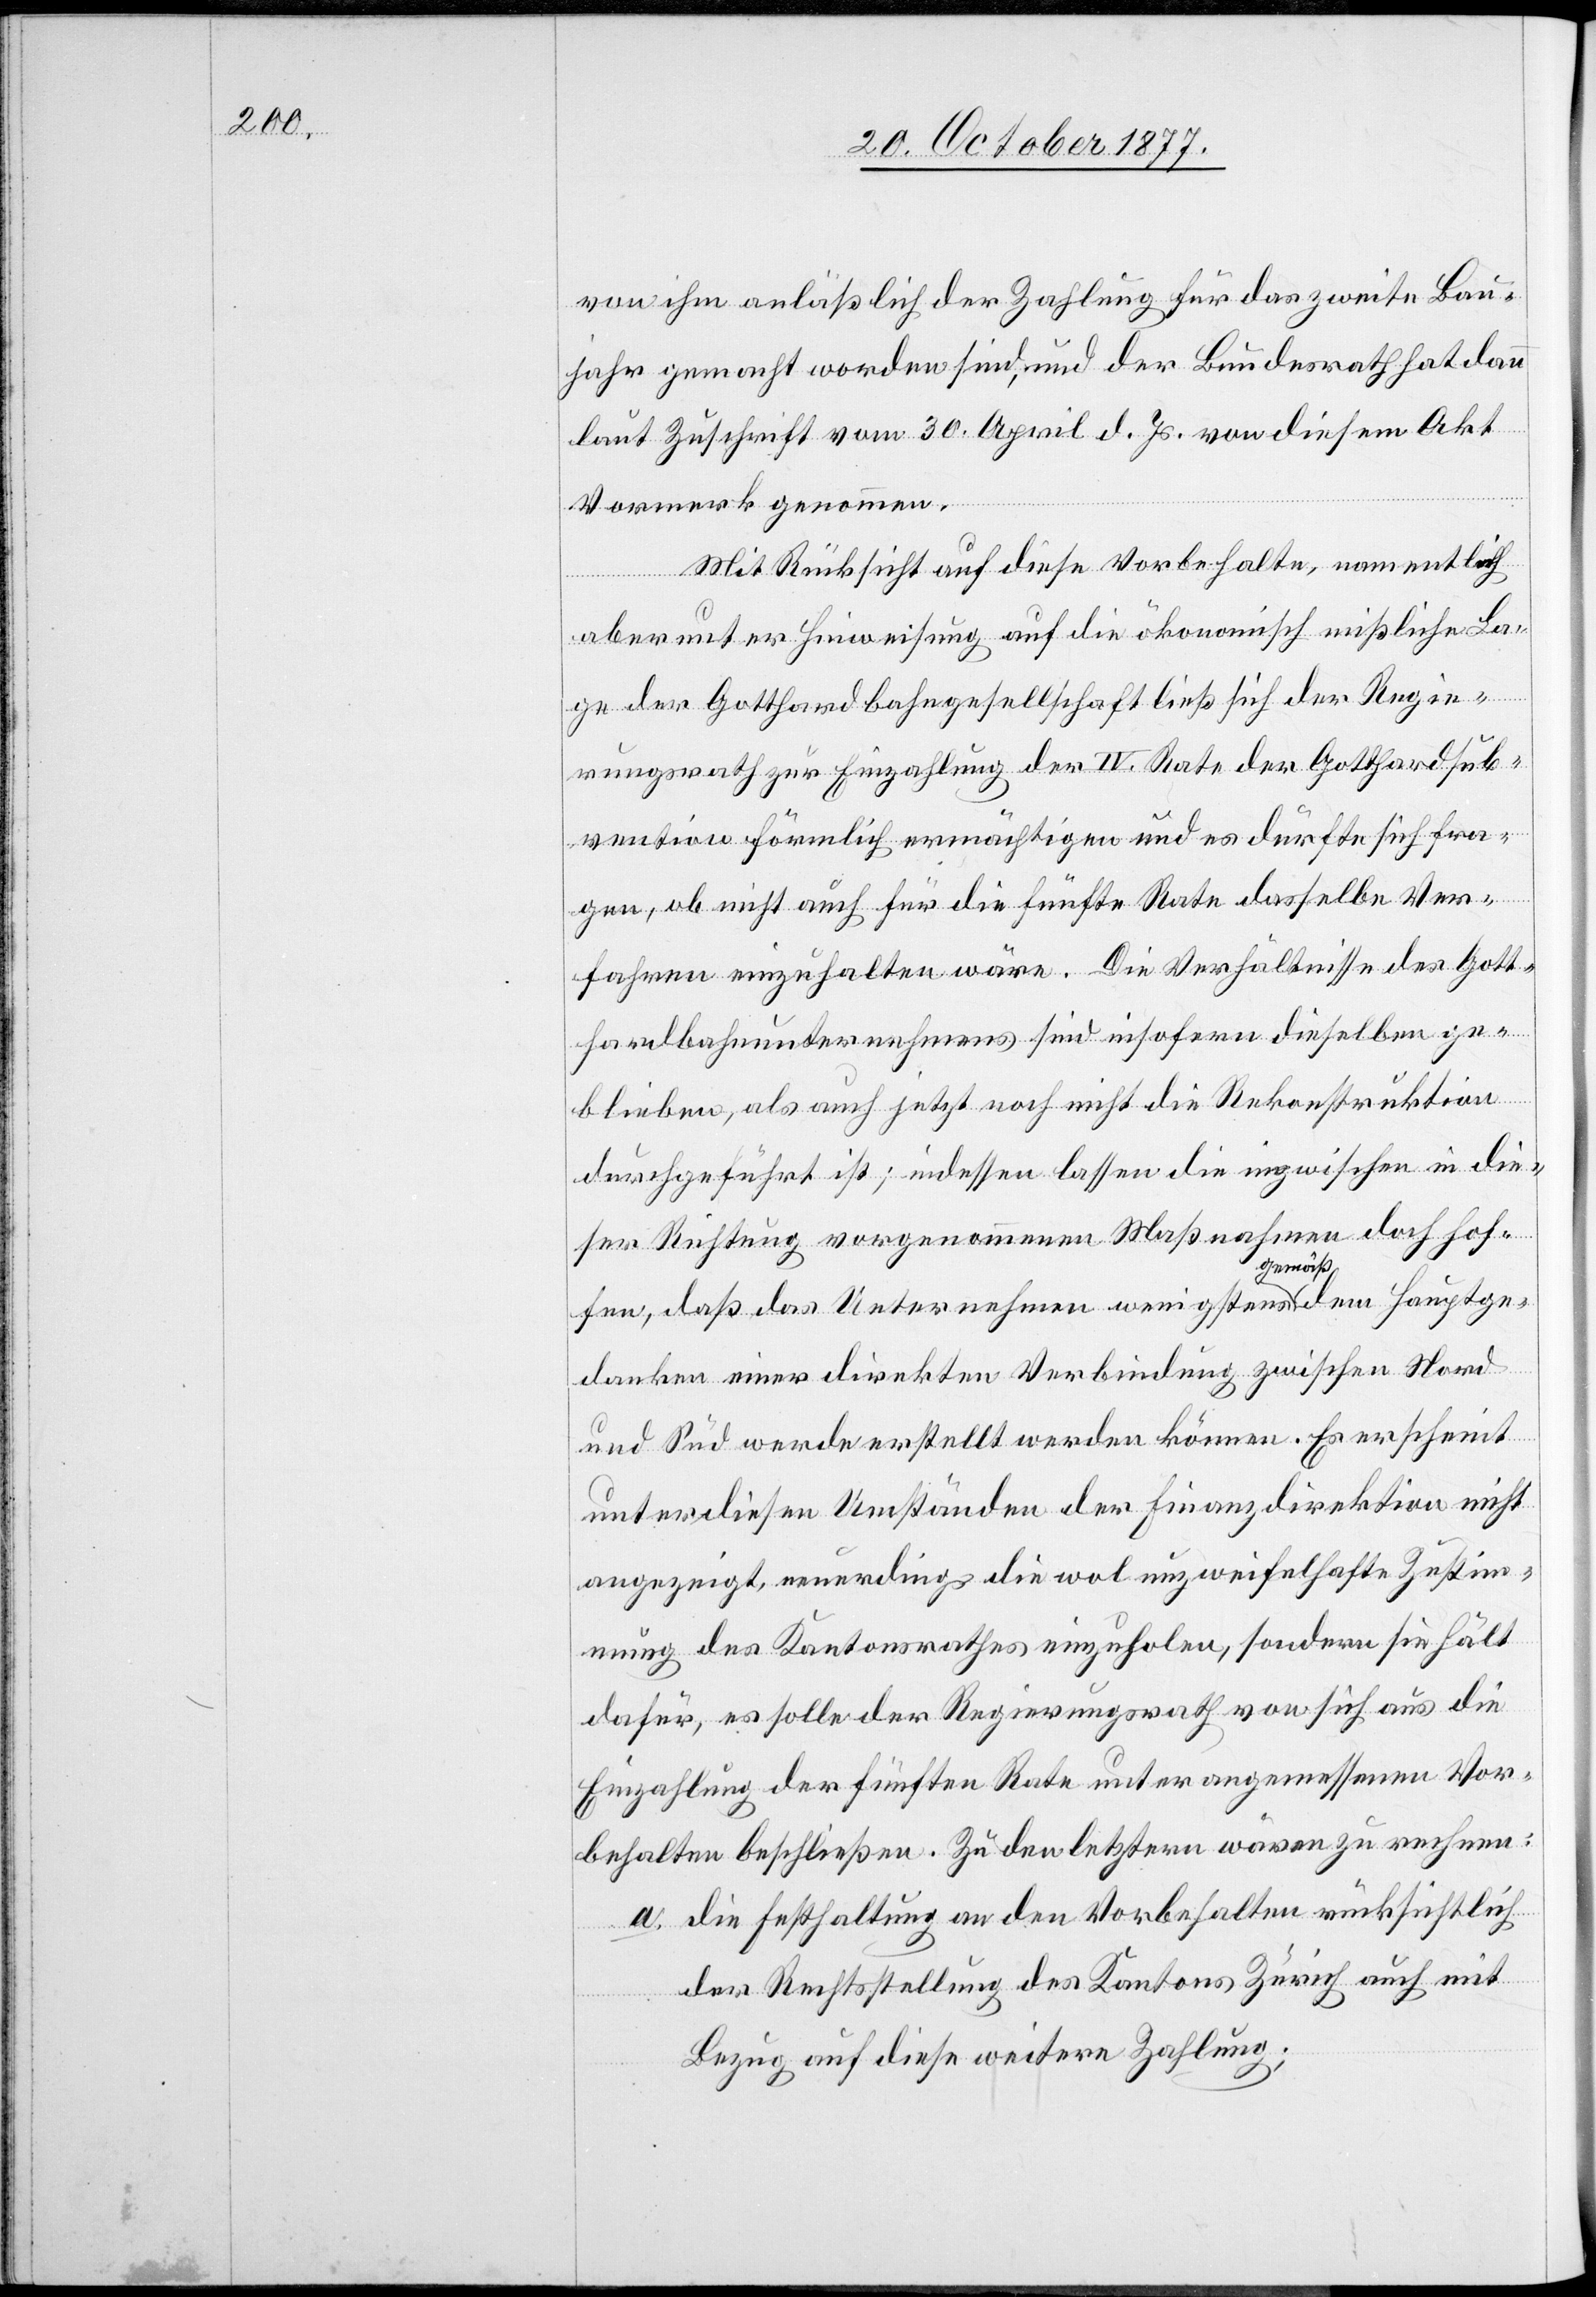
von ihm anläßlich der Zahlung für das zweite Bau¬
jahr gemacht worden sind, und der Bundesrath hat dann
laut Zuschrift vom 30. April d. Js. von diesem Akt
Vormerk genommen.
Mit Rücksicht auf diese Vorbehalte, namentlich
aber unter Hinweisung auf die ökonomisch mißliche La¬
ge der Gotthardbahngesellschaft ließ sich der Regie¬
rungsrath zur Einzahlung der IV. Rate der Gotthardsub¬
vention förmlich ermächtigen und es dürfte sich fra¬
gen, ob nicht auch für die fünfte Rate dasselbe Ver¬
fahren einzuhalten wäre. Die Verhältnisse des Gott¬
hardbahnunternehmens sind insofern dieselben ge¬
blieben, als auch jetzt noch nicht die Rekonstruktion
durchgeführt ist; indessen lassen die inzwischen in die¬
ser Richtung vorgenommenen Maßnahmen doch hof¬
fen, daß das Unternehmen wenigstens gemäß dem Hauptge¬
danken einer direkten Verbindung zwischen Nord
und Süd werde erstellt werden können. Es erscheint
unter diesen Umständen der Finanzdirektion nicht
angezeigt, neuerdings die wol unzweifelhafte Zustim¬
mung des Kantonsrathes einzuholen, sondern sie hält
dafür, es solle der Regierungsrath von sich aus die
Einzahlung der fünften Rate unter angemessenen Vor¬
behalten beschließen. Zu den letztern wären zu rechnen:
die Festhaltung an den Vorbehalten rücksichtlich
der Rechtsstellung des Kantons Zürich auch mit
Bezug auf diese weitere Zahlung;